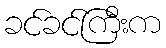
ခင်ခင်ကြီးက